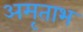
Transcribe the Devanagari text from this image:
अमृताभ